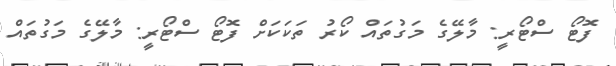
ފޮޓޯ ސްޓޯރީ: މާލޭގެ މަގުތައް ކޯރު ތަކަކަށް ފޮޓޯ ސްޓޯރީ: މާލޭގެ މަގުތައް